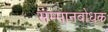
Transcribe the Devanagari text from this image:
सम्मानबोधक